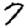
Digit: 7